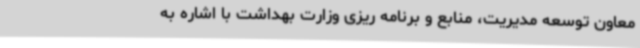
معاون توسعه مدیریت، منابع و برنامه‌ ریزی وزارت بهداشت با اشاره به